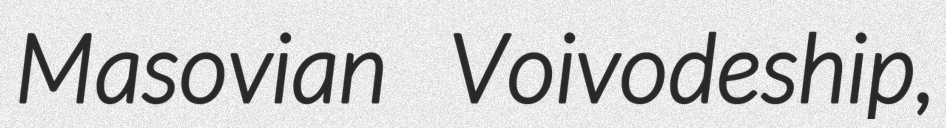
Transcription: Masovian Voivodeship,